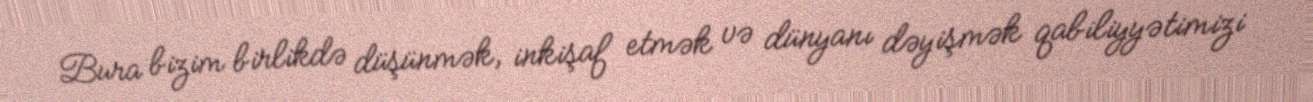
Bura bizim birlikdə düşünmək, inkişaf etmək və dünyanı dəyişmək qabiliyyətimizi